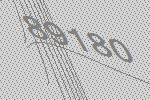
89180